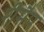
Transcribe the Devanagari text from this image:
रीमैप